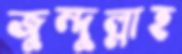
জুন্দুল্লাহ